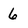
Character: 6